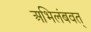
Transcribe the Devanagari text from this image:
अभिलंबवत्‌